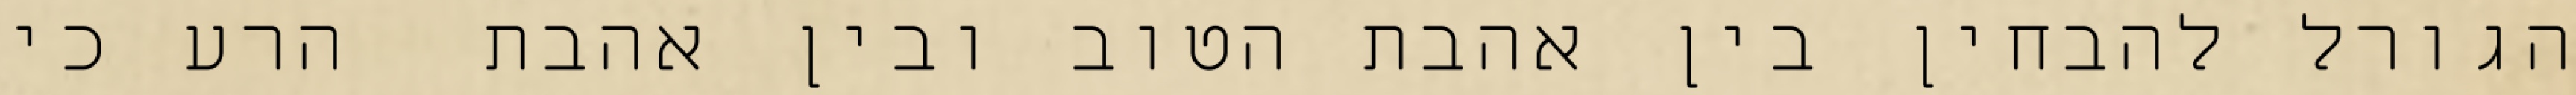
הגורל להבחין בין אהבת הטוב ובין אהבת  הרע כי